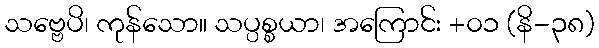
သဗ္ဗေပိ၊ ကုန်သော။ သပ္ပစ္စယာ၊ အကြောင်း +၀၁ (နိ-၃၈)